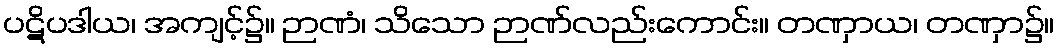
ပဋိပဒါယ၊ အကျင့်၌။ ဉာဏံ၊ သိသော ဉာဏ်လည်းကောင်း။ တဏှာယ၊ တဏှာ၌။